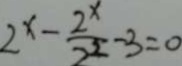
2 ^ { x } - \frac { 2 ^ { x } } { 2 ^ { 2 } } - 3 = 0